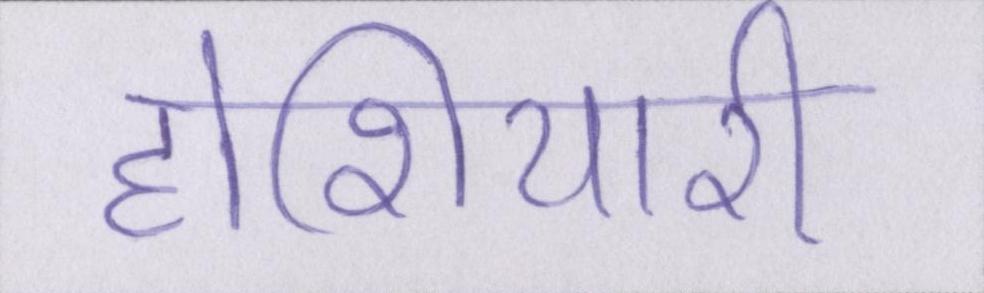
होशियारी